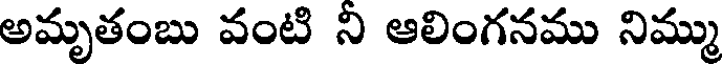
అమృతంబు వంటి ని ఆలింగనము నిమ్ము